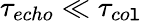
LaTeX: \tau_{echo}\ll\tau_{co\mathtt{l}}